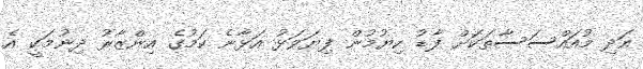
އަދި މުއައްސަސާތަކަށް ފާޑު ކިޔުމުން ފިޔަވަޅު އަޅާނެ ކަމުގެ އިންޒާރު ދިނުމަކީ އެ